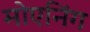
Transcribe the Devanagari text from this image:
मोएनिंग